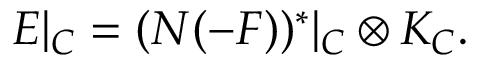
E | _ { C } = ( N ( - F ) ) ^ { * } | _ { C } \otimes K _ { C } .